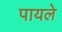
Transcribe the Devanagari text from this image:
पायले